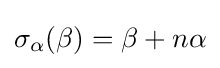
\sigma _{\alpha }(\beta )=\beta +n\alpha